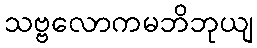
သဗ္ဗလောကမဘိဘုယျ